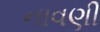
નાવણી